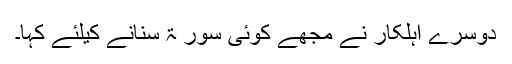
دوسرے اہلکار نے مجھے کوئی سور ۃ سنانے کیلئے کہا۔